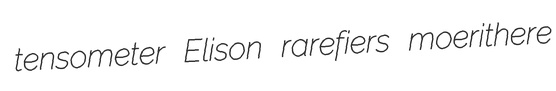
tensometer Elison rarefiers moerithere